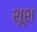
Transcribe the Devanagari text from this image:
शूश